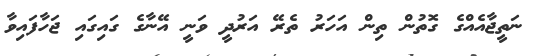
ނަތީޖާއެއްގެ ގޮތުން ތިން އަހަރު ތެރޭ އަރުދީ ވަނީ އޭނާގެ ގައިގައި ޖަހާފައިވާ